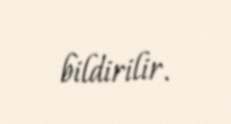
bildirilir.